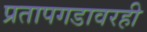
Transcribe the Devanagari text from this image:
प्रतापगडावरही